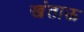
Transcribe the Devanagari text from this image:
खंताऊ